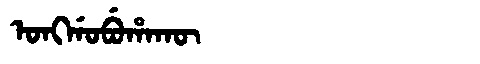
Manchu: ᠣᠩᡤᠣᠪᡠᡥᠠᡴᡡ
Romanization: ONGGOBUHAKŪ